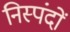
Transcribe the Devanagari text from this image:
निस्पंदों